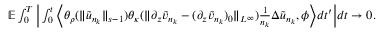
\begin{array} { r l } & { \mathbb E \int _ { 0 } ^ { T } \Big | \int _ { 0 } ^ { t } \Big \langle \theta _ { \rho } ( \| \tilde { u } _ { n _ { k } } \| _ { s - 1 } ) \theta _ { \kappa } ( \| \partial _ { z } \tilde { v } _ { n _ { k } } - ( \partial _ { z } \tilde { v } _ { n _ { k } } ) _ { 0 } \| _ { L ^ { \infty } } ) \frac 1 { n _ { k } } \Delta \tilde { u } _ { n _ { k } } , \phi \Big \rangle d t ^ { \prime } \Big | d t \rightarrow 0 . } \end{array}